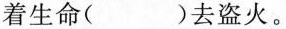
着生命( )去盗火。